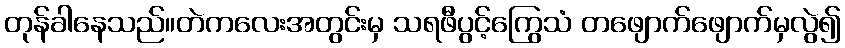
တုန်ခါနေသည်။တဲကလေးအတွင်းမှ သရဖီပွင့်ကြွေသံ တဖျောက်ဖျောက်မှလွဲ၍